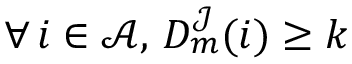
\forall \, i \in \mathcal { A } , \, D _ { m } ^ { \mathcal { J } } ( i ) \geq k